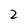
Character: 2